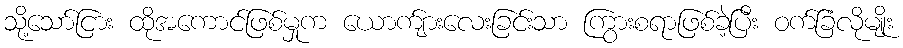
သို့သော်ငြား ထိုအကောင်ဖြစ်မှုက ယောက်ျားလေးခြင်းသာ ကြွားစရာဖြစ်ခဲ့ပြီး ဝက်ခြံလိုမျိုး